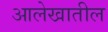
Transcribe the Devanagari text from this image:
आलेखातील